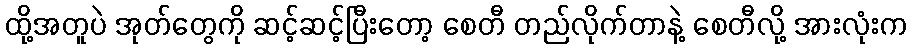
ထို့အတူပဲ အုတ်တွေကို ဆင့်ဆင့်ပြီးတော့ စေတီ တည်လိုက်တာနဲ့ စေတီလို့ အားလုံးက